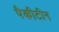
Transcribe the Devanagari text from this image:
पैकीटीन